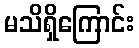
မသိရှိကြောင်း